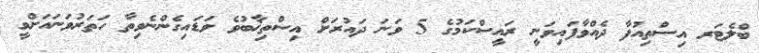
ބްލެޓަރ އިސްތިއުފާ ދެއްވާފައިވަނީ ރައީސްކަމުގެ 5 ވަނަ ދައުރަށް އިސްތިޚާބުވެ ވަޑައިގެންނެވިތާ ހަތަރުވަނައަށްވީ